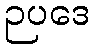
ဉပဒေ